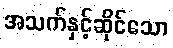
အသက်နှင့်ဆိုင်သော